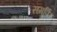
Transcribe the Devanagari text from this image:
समर्पिर